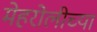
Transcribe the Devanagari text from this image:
मेहरोलीच्या